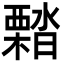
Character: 𣝭